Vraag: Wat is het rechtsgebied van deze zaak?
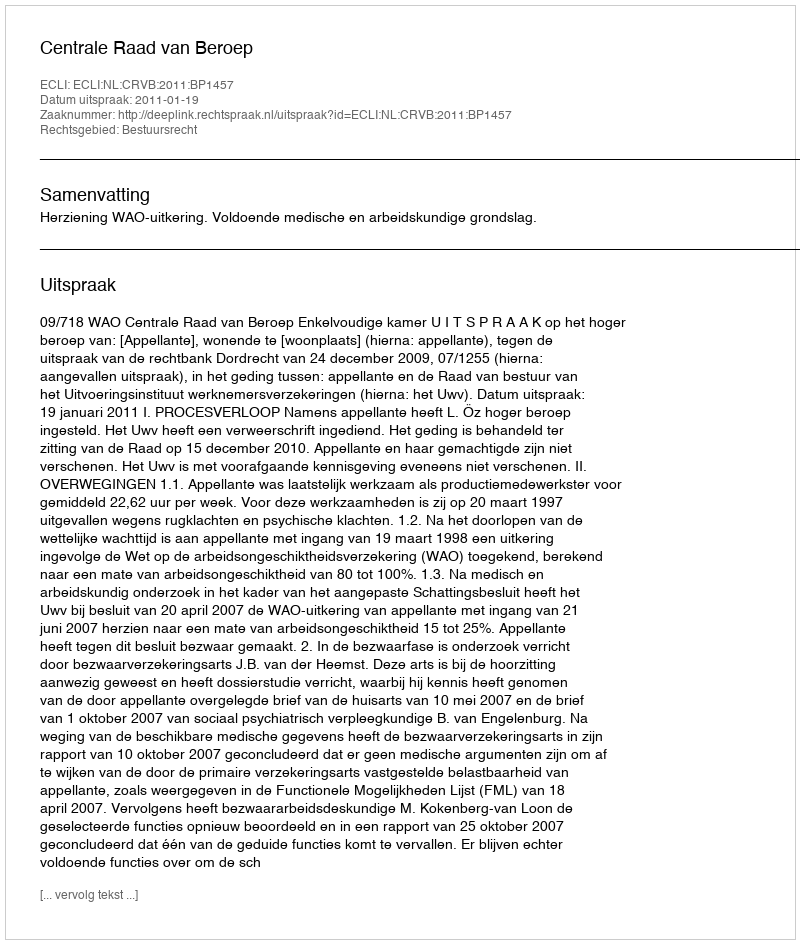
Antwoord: Bestuursrecht